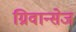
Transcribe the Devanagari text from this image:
ग्रिवान्सेज